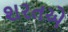
શરતએ